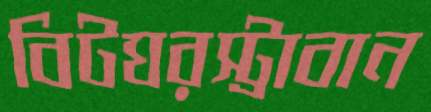
বিটঘরস্ট্রাবান